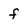
Character: f